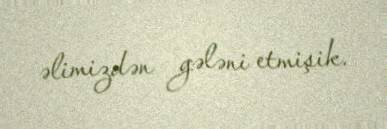
əlimizdən gələni etmişik.